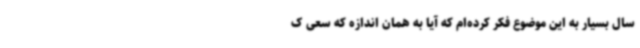
سال بسیار به این موضوع فکر کرده‌ام که آیا به همان اندازه که سعی ک